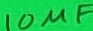
Text: 10µF